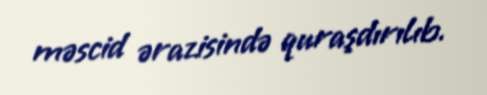
məscid ərazisində quraşdırılıb.